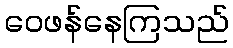
ဝေဖန်နေကြသည်